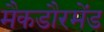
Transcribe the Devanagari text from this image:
मैकडौरमेंड